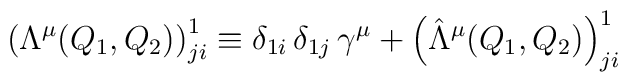
\left( \Lambda^\mu (Q_1, Q_2) \right)^1_{j i} \equiv \delta_{1 i} \, \delta_{1 j} \, \gamma^\mu + \left( \hat{\Lambda}^\mu (Q_1, Q_2) \right)^1_{j i}